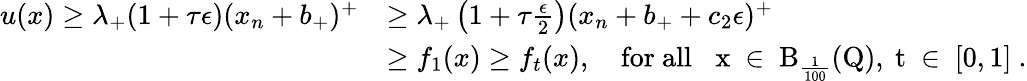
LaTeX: \begin{array}{rl}{u(x)\geq\lambda_{+}(1+\tau\epsilon)(x_{n}+b_{+})^{+}}&{\geq\lambda_{+}\left(1+\tau\frac{\epsilon}{2}\right)(x_{n}+b_{+}+c_{2}\epsilon)^{+}}\\ &{\geq f_{1}(x)\geq f_{t}(x),\quad\mathrm{for~all~\, \, ~x~\in~B_{\frac{1}{100}}(Q),~t~\in~[0,1]~}.}\end{array}